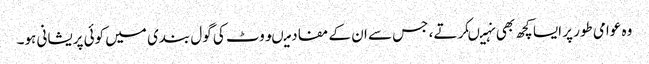
وہ عوامی طور پر ایسا کچھ بھی نہیںکرتے، جس سے ان کے مفاد میںووٹ کی گول بندی میں کوئی پریشانی ہو۔